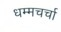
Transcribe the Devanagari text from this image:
धम्मचर्चा